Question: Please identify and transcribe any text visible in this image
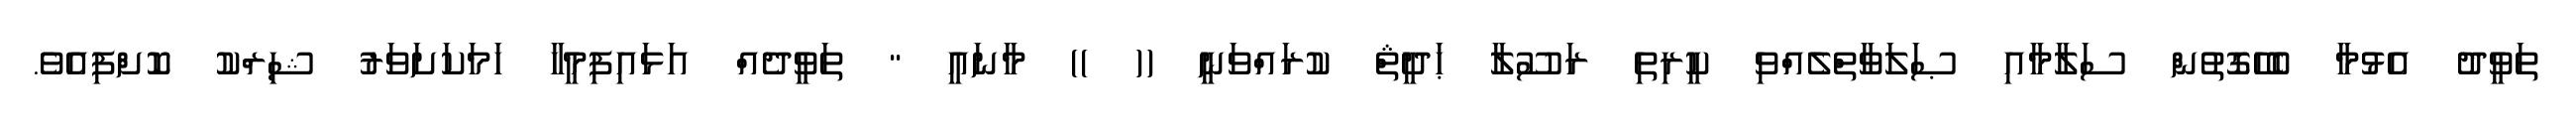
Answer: ތަވީދު އެޅުމާ ބެހޭގޮތުން ސަލާމާއި ޞަލަވާތްލެއްވި ކީރިތި ރަސޫލާ ޙަދީޘް ކުރައްވަނީ (( )) މާނައީ " ތަވީދެއް އަޅައިފިމީހާ ހަމަކަށަވަރު ޝިރްކު ކޮށްފިއެވެ.